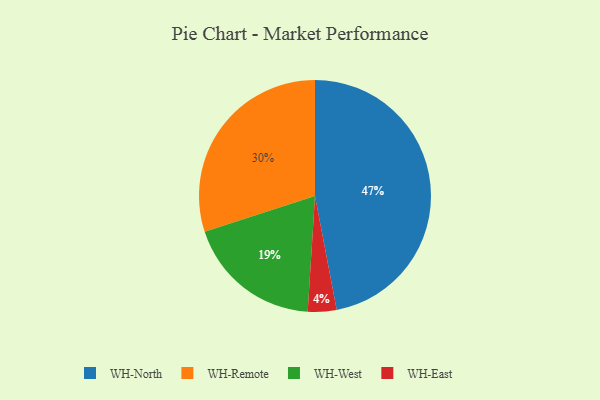
{"axis": {"x": "Category", "y": "Percentage"}, "legend": ["WH-East", "WH-North", "WH-Remote", "WH-West"], "data": [{"x": "WH-East", "y": 4, "type": "WH-East"}, {"x": "WH-Remote", "y": 30, "type": "WH-Remote"}, {"x": "WH-North", "y": 47, "type": "WH-North"}, {"x": "WH-West", "y": 19, "type": "WH-West"}]}